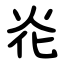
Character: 炛